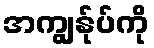
အကျွန်ုပ်ကို